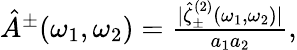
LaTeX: \begin{array}{r}{{\hat{A}}^{\pm}(\omega_{1},\omega_{2})=\frac{|\hat{\zeta}_{\pm}^{(2)}(\omega_{1},\omega_{2})|}{a_{1}a_{2}},}\end{array}